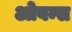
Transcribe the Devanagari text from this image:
ओवन्स